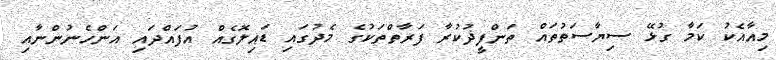
މިއާއެކު ކަމާ ގުޅޭ ސިޔާސަތުތައް ތަންފީޛުކުރާ ފަރާތްތަކުގެ މެދުގައި ޑައިލޮގެއް އުފައްދައި އަންހެނުންނާއި